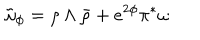
LaTeX: \tilde { \omega } _ { \phi } = \rho \wedge \bar { \rho } + e ^ { 2 \phi } \pi ^ { \ast } \omega